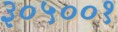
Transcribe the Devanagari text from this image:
३०५००१